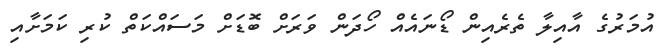
އުމަރުގެ އާއިލާ ތެރެއިން ޑޯނައެއް ހޯދަން ވަރަށް ބޮޑަށް މަސައްކަތް ކުރި ކަމަށާއި